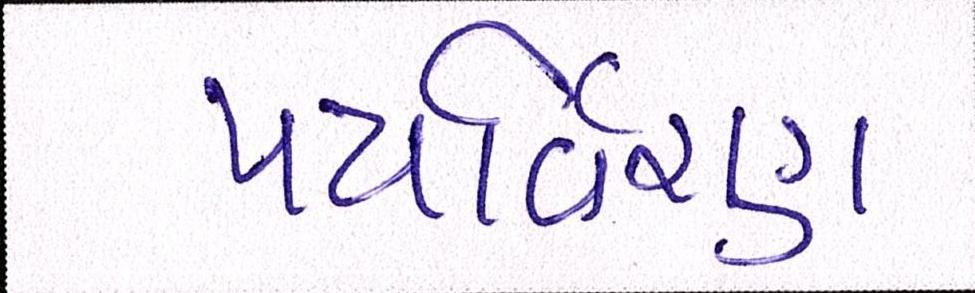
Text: પયર્વિરણ